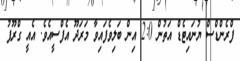
ފްރެންޑްސް ޔުނައިޓެޑް އަތުން 2:0 އިން ބަލިވެފައިވާ މަރަދޫ އެފްސީއެވެ. އެއީ ގްރޫޕު